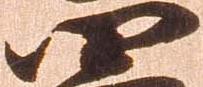
四